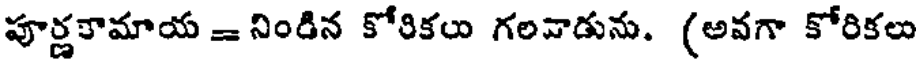
పూర్ణకామాయ = నిండిన కోరికలు గలవాడును. (అవగా కోరికలు